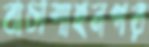
বাচাশাহনগর